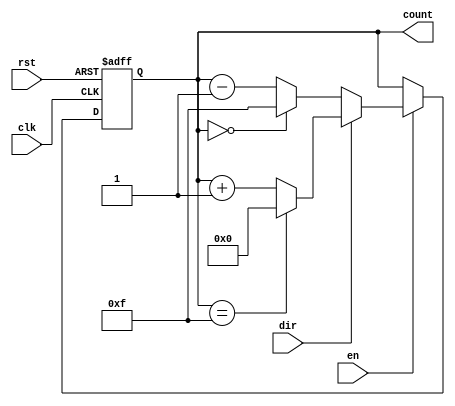
module multi_bit_counter #(
    parameter WIDTH = 4,            // Parameter to set the width of the counter (e.g., 4, 8, etc.)
    parameter MIN_VALUE = 0,        // Minimum value of the counter
    parameter MAX_VALUE = (1 << WIDTH) - 1 // Maximum value based on width
)(
    input wire clk,                 // Clock signal
    input wire rst,                 // Reset signal
    input wire en,                  // Enable signal
    input wire dir,                 // Direction signal (1 for up, 0 for down)
    output reg [WIDTH-1:0] count    // Counter output
);

    // Synchronous reset logic
    always @(posedge clk or posedge rst) begin
        if (rst) begin
            count <= MIN_VALUE;      // Reset to minimum value
        end else if (en) begin
            if (dir) begin            // Up counting
                if (count == MAX_VALUE) begin
                    count <= MIN_VALUE; // Wrap around to minimum
                end else begin
                    count <= count + 1; // Increment count
                end
            end else begin            // Down counting
                if (count == MIN_VALUE) begin
                    count <= MAX_VALUE; // Wrap around to maximum
                end else begin
                    count <= count - 1; // Decrement count
                end
            end
        end
    end

endmodule